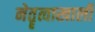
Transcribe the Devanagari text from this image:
नेतॄत्वाखाली